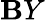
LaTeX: \mathbf{B}Y